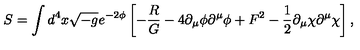
S = \int d ^ { 4 } x \sqrt { - g } e ^ { - 2 \phi } \left[ - \frac { R } { G } - 4 \partial _ { \mu } \phi \partial ^ { \mu } \phi + F ^ { 2 } - \frac { 1 } { 2 } \partial _ { \mu } \chi \partial ^ { \mu } \chi \right] ,